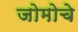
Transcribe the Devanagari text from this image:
जोमोचे